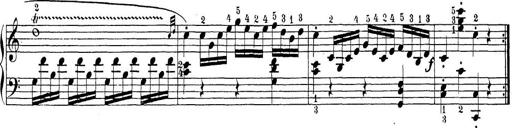
Title: Sonatina Album
Composer: Louis KÃ¶hler